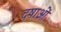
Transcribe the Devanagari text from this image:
दषाओं